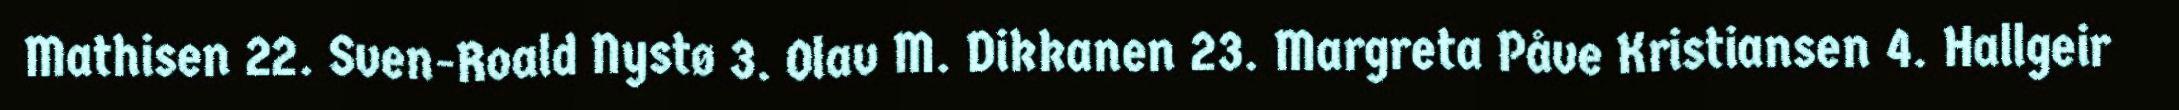
Mathisen 22. Sven-Roald Nystø 3. Olav M. Dikkanen 23. Margreta Påve Kristiansen 4. Hallgeir